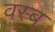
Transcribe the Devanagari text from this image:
वस्ब